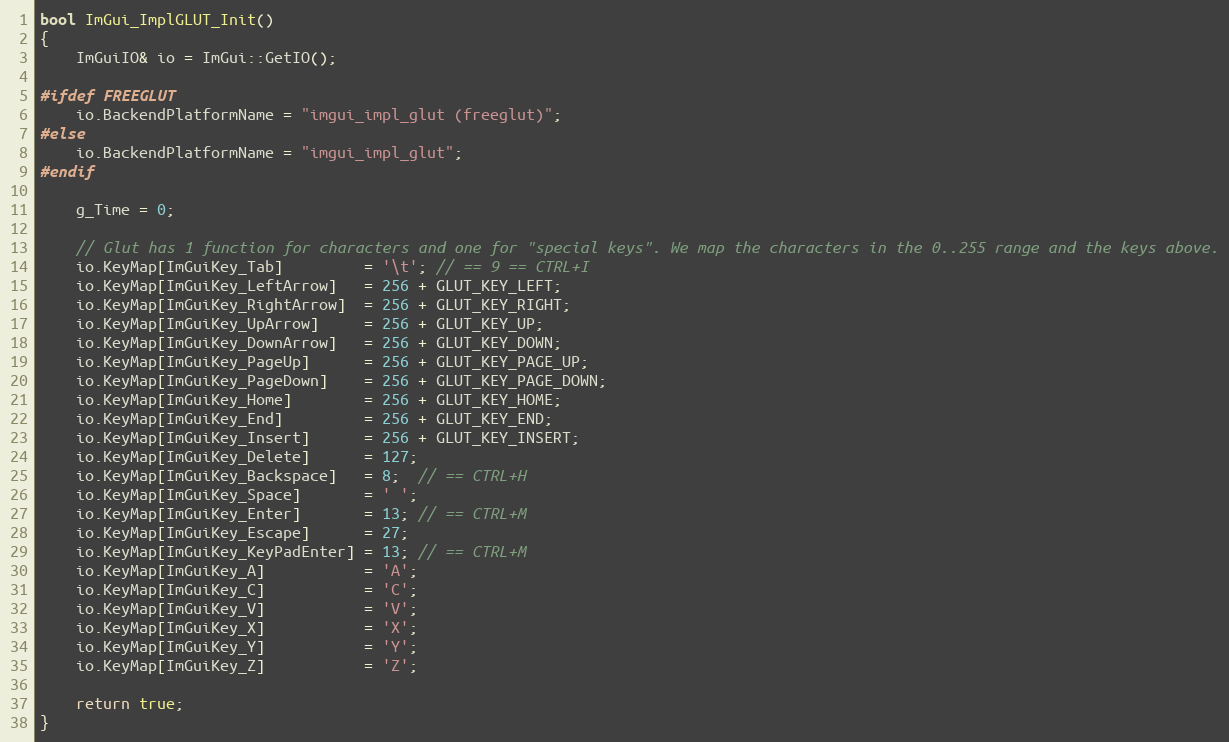
Language: C++
bool ImGui_ImplGLUT_Init()
{
    ImGuiIO& io = ImGui::GetIO();

#ifdef FREEGLUT
    io.BackendPlatformName = "imgui_impl_glut (freeglut)";
#else
    io.BackendPlatformName = "imgui_impl_glut";
#endif

    g_Time = 0;

    // Glut has 1 function for characters and one for "special keys". We map the characters in the 0..255 range and the keys above.
    io.KeyMap[ImGuiKey_Tab]         = '\t'; // == 9 == CTRL+I
    io.KeyMap[ImGuiKey_LeftArrow]   = 256 + GLUT_KEY_LEFT;
    io.KeyMap[ImGuiKey_RightArrow]  = 256 + GLUT_KEY_RIGHT;
    io.KeyMap[ImGuiKey_UpArrow]     = 256 + GLUT_KEY_UP;
    io.KeyMap[ImGuiKey_DownArrow]   = 256 + GLUT_KEY_DOWN;
    io.KeyMap[ImGuiKey_PageUp]      = 256 + GLUT_KEY_PAGE_UP;
    io.KeyMap[ImGuiKey_PageDown]    = 256 + GLUT_KEY_PAGE_DOWN;
    io.KeyMap[ImGuiKey_Home]        = 256 + GLUT_KEY_HOME;
    io.KeyMap[ImGuiKey_End]         = 256 + GLUT_KEY_END;
    io.KeyMap[ImGuiKey_Insert]      = 256 + GLUT_KEY_INSERT;
    io.KeyMap[ImGuiKey_Delete]      = 127;
    io.KeyMap[ImGuiKey_Backspace]   = 8;  // == CTRL+H
    io.KeyMap[ImGuiKey_Space]       = ' ';
    io.KeyMap[ImGuiKey_Enter]       = 13; // == CTRL+M
    io.KeyMap[ImGuiKey_Escape]      = 27;
    io.KeyMap[ImGuiKey_KeyPadEnter] = 13; // == CTRL+M
    io.KeyMap[ImGuiKey_A]           = 'A';
    io.KeyMap[ImGuiKey_C]           = 'C';
    io.KeyMap[ImGuiKey_V]           = 'V';
    io.KeyMap[ImGuiKey_X]           = 'X';
    io.KeyMap[ImGuiKey_Y]           = 'Y';
    io.KeyMap[ImGuiKey_Z]           = 'Z';

    return true;
}